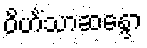
ဝိဟိံသာဆန္ဒော